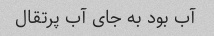
آب بود به جای آب پرتقال